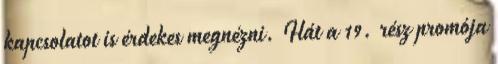
kapcsolatot is érdekes megnézni. Hát a 19. rész promója